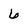
Character: 6